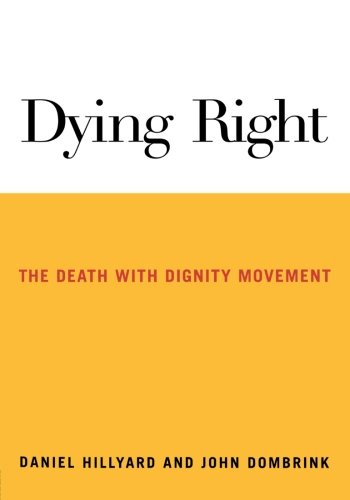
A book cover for Dying Right: The Death with Dignity Movement; Daniel Hillyard; Self-Help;